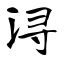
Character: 浔